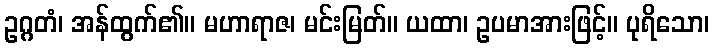
ဥဂ္ဂတံ၊ အန်ထွက်၏။ မဟာရာဇ၊ မင်းမြတ်။ ယထာ၊ ဥပမာအားဖြင့်။ ပုရိသော၊